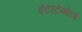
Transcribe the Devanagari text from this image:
एंटरटेन्मेंटचे